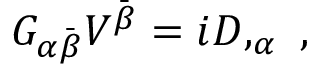
G _ { \alpha \bar { \beta } } V ^ { \bar { \beta } } = i D , _ { \alpha } \ ,